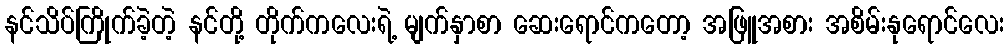
နင်သိပ်ကြိုက်ခဲ့တဲ့ နင်တို့ တိုက်ကလေးရဲ့ မျက်နှာစာ ဆေးရောင်ကတော့ အဖြူအစား အစိမ်းနုရောင်လေး